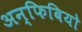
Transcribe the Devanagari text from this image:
अन्फिबियो